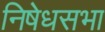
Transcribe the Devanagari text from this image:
निषेधसभा